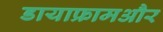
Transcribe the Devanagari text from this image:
डायाफ्रामऔर